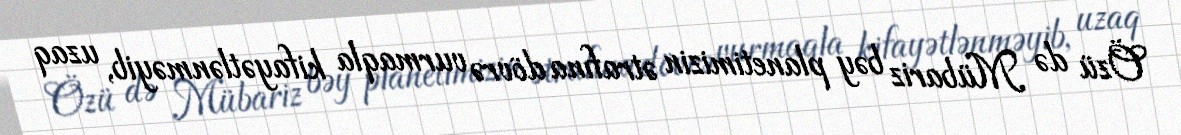
Özü də Mübariz bəy planetimizin ətrafına dövrə vurmaqla kifayətlənməyib, uzaq